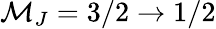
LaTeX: \mathcal{M}_{J}=3/2\rightarrow1/2